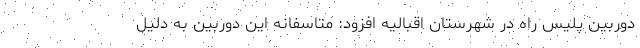
دوربین پلیس راه در شهرستان اقبالیه افزود: متاسفانه این دوربین به دلیل